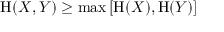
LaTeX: \mathrm { H } ( X , Y ) \geq \operatorname* { m a x } \left[ \mathrm { H } ( X ) , \mathrm { H } ( Y ) \right]